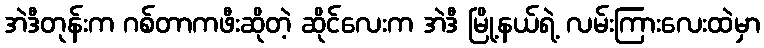
အဲဒီတုန်းက ဂစ်တာကဖီးဆိုတဲ့ ဆိုင်လေးက အဲဒီ မြို့နယ်ရဲ့ လမ်းကြားလေးထဲမှာ